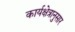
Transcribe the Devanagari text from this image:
कार्यक्षेत्रानुसार